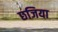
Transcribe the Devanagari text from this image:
छजिया